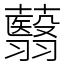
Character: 蘙